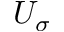
U _ { \sigma }